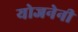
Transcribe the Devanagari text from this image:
योजनेनी